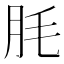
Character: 𦙤